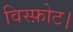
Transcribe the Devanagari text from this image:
विस्फ़ोट।